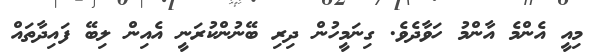
މިއީ އެންމެ އާންމު ހަވާދެވެ. ގިނަމީހުން ދިރި ބޭނުންކުރަނީ އެއިން ލިބޭ ފައިދާތައް